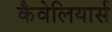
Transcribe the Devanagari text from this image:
कैवेलियार्स